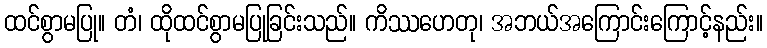
ထင်စွာမပြု။ တံ၊ ထိုထင်စွာမပြုခြင်းသည်။ ကိဿဟေတု၊ အဘယ်အကြောင်းကြောင့်နည်း။